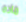
ماده